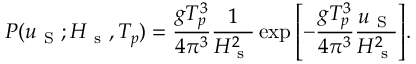
P ( u _ { \mathrm { ~ S ~ } } ; H _ { \mathrm { ~ s ~ } } , T _ { p } ) = \frac { g T _ { p } ^ { 3 } } { 4 \pi ^ { 3 } } \frac { 1 } { H _ { \mathrm { ~ s ~ } } ^ { 2 } } \exp { \left[ - \frac { g T _ { p } ^ { 3 } } { 4 \pi ^ { 3 } } \frac { u _ { \mathrm { ~ S ~ } } } { H _ { \mathrm { ~ s ~ } } ^ { 2 } } \right] } .